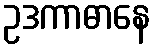
ဥဒကာဓာနေ